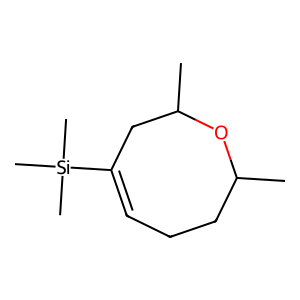
SMILES: CC1CCC=C([Si](C)(C)C)CC(C)O1
Inhibits HIV replication: No